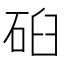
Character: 𰦹